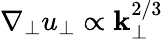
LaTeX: \nabla_{\perp}u_{\perp}\propto\mathbf{k}_{\perp}^{2/3}